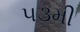
૫૩મી